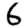
Digit: 6